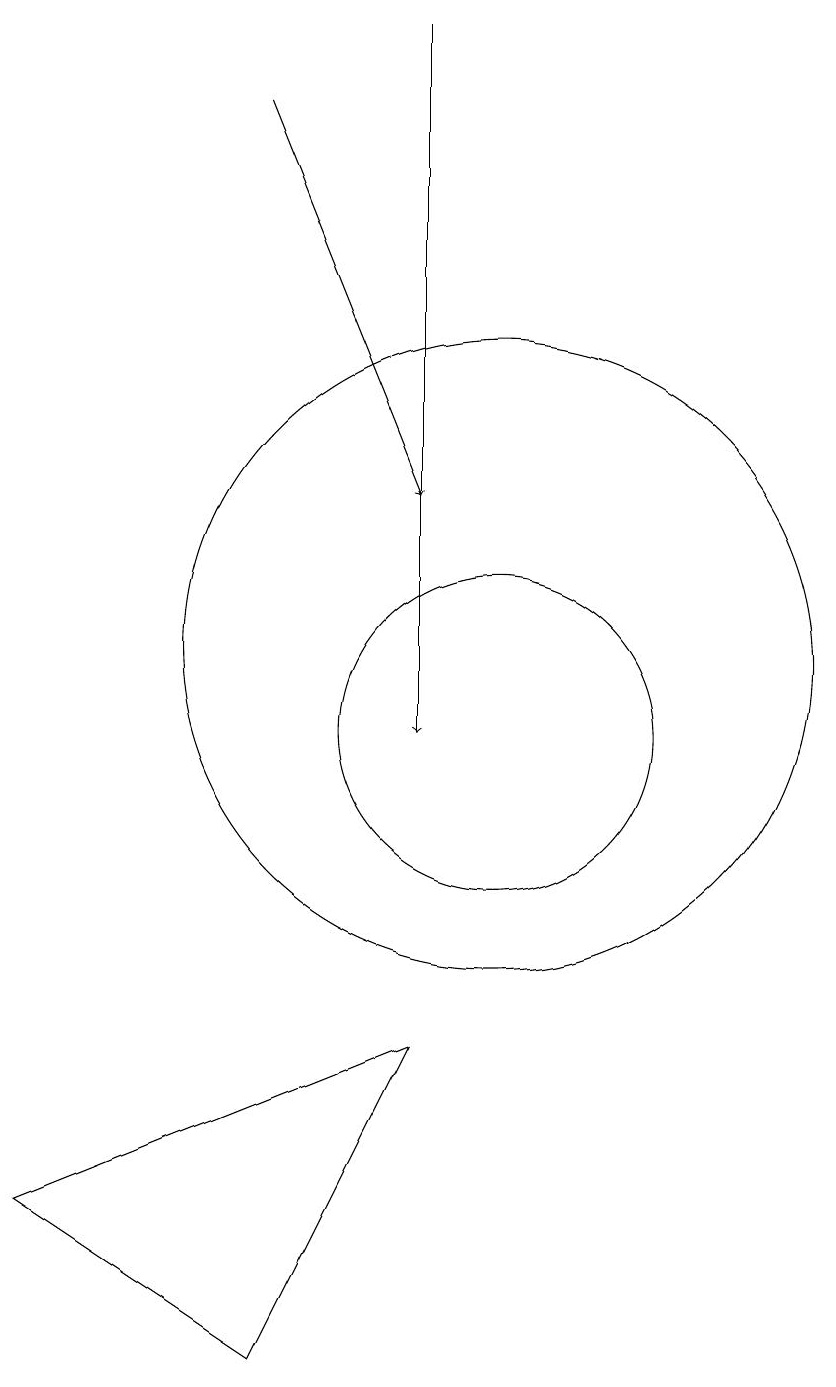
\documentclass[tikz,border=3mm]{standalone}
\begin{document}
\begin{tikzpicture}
\draw (10,11) circle (4);
\draw (9,6) -- (4,4) -- (7,2) -- cycle;
\draw[->] (9,19) -- (9,10);
\draw (10,10) circle (2);
\draw[->] (7,18) -- (9,13);
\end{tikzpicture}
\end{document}